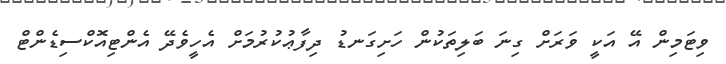
ވިޓަމިން އޭ އަކީ ވަރަށް ގިނަ ބަލިތަކުން ހަށިގަނޑު ދިފާާޢުކުރުމަށް އެހީވެދޭ އެންޓިއޮކްސިޑެންޓް